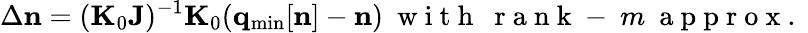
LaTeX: \Delta{\mathbf n}=({\mathbf K}_{0}{\mathbf J})^{-1}{\mathbf K}_{0}({\mathbf q}_{\mathrm{min}}[{\mathbf n}]-{\mathbf n})~\mathrm{~w~i~t~h~~~r~a~n~k~-~}m~\mathrm{~a~p~p~r~o~x~.~}